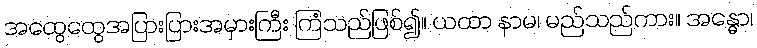
အထွေထွေအပြားပြားအမှားကြီး ကြံသည်ဖြစ်၍။ ယထာ နာမ၊ မည်သည်ကား။ အန္ဓော၊